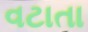
વટાતા